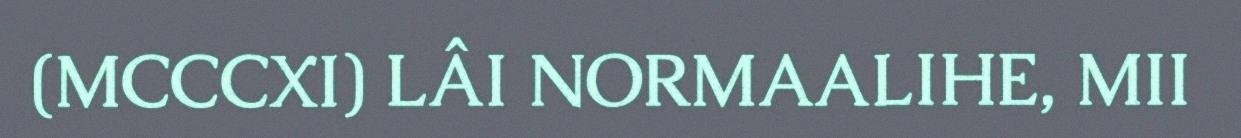
(MCCCXI) LÂI NORMAALIHE, MII